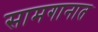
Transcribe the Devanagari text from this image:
सामगानात